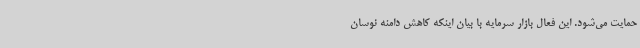
حمایت می‌شود. این فعال بازار سرمایه با بیان اینکه کاهش دامنه نوسان